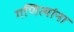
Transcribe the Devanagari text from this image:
गणित्यांना